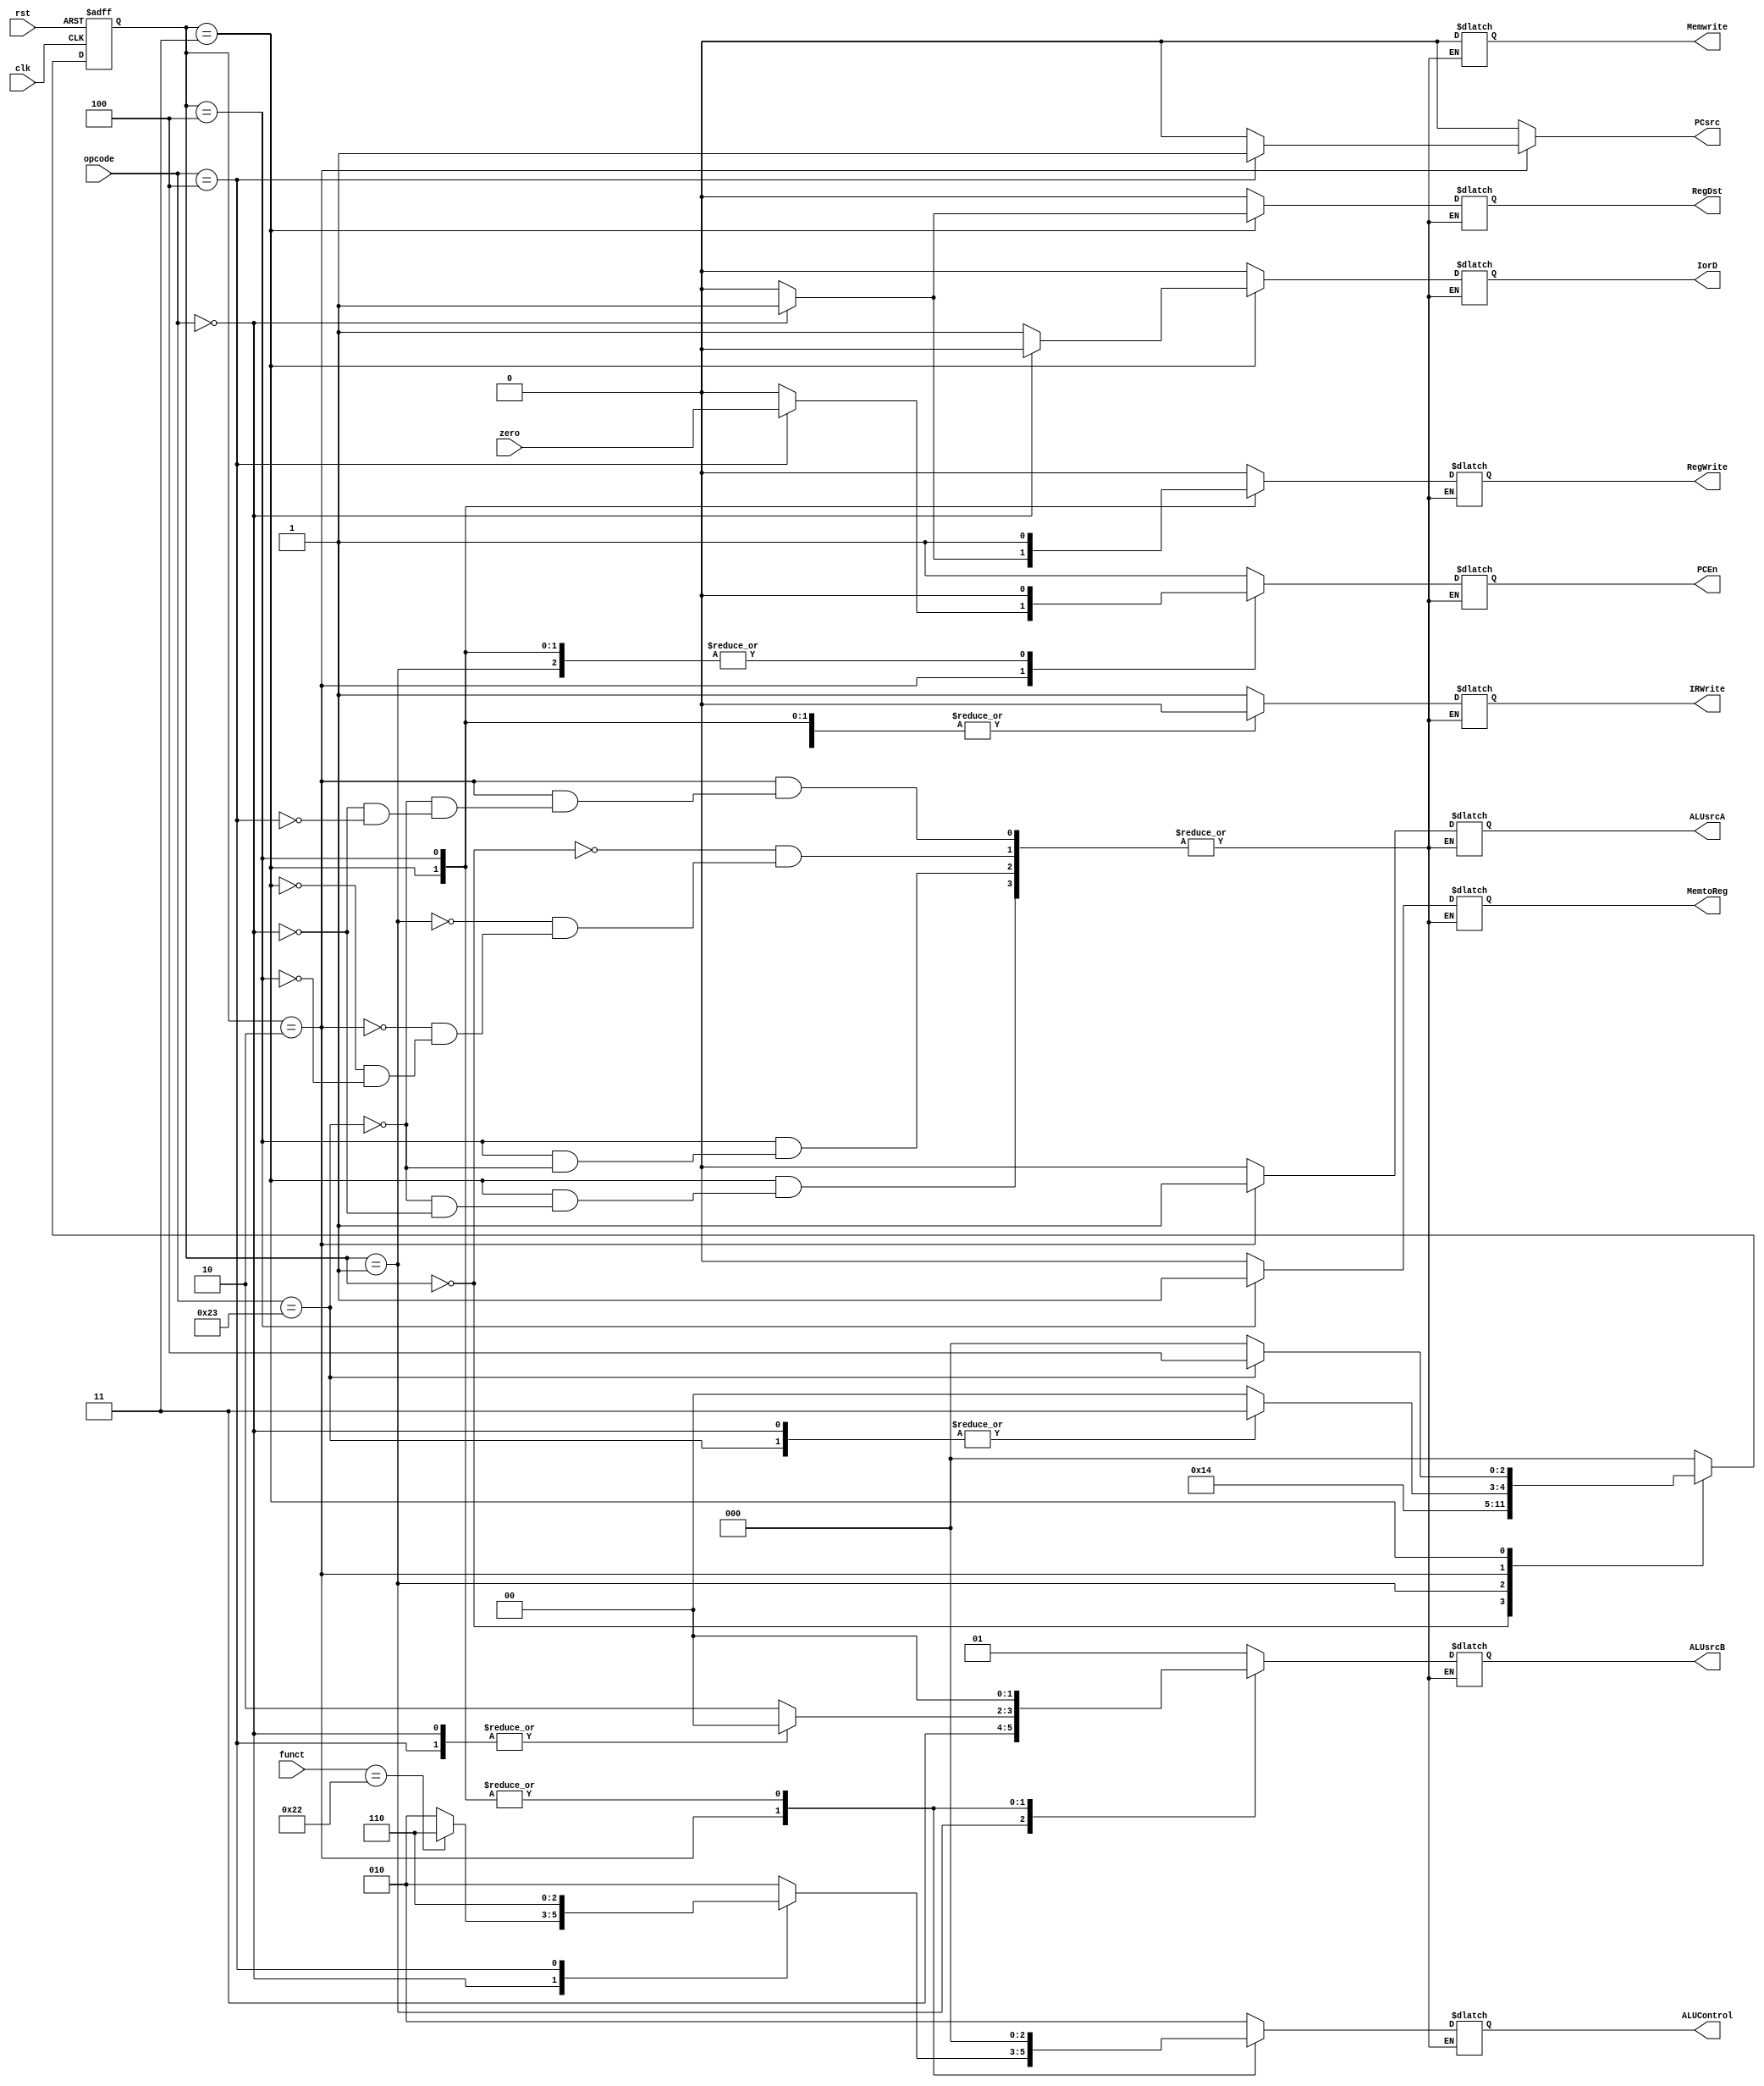
module controller (
    input [5 : 0] opcode, funct,
    input         rst, clk,
    input         zero,
    // controls from l to r
    output reg    PCEn, IorD, Memwrite, IRWrite, 
                  RegDst, MemtoReg, RegWrite, ALUsrcA,
    output reg [1 : 0] ALUsrcB, 
    output reg [2 : 0] ALUControl,
    output reg PCsrc
);
    // opcodes
    localparam rType = 6'b000000,
               lw    = 6'b100011,
               sw    = 6'b101011,
               beq   = 6'b000100;

    // funct fields
    localparam add = 6'b100000,
               sub = 6'b100010;

    // states
    localparam fetch     = 0,
               decode    = 1,
               execute1  = 2,
               execute2  = 3,
               execute3  = 4, // at most 3 cycles
               writeBack = 5;
    

    reg [2 : 0] currState, nextState;
    always @(negedge clk, posedge rst)begin
        if(rst)currState <= 0;
        else currState <= nextState;
    end

    always @(*) begin
        // next state compute, edit for all instructions
        case (currState)
            fetch : nextState <= decode;
            decode : nextState <= execute1;
            execute1 :begin
                case (opcode)
                    lw:nextState <= execute2;
                    rType:nextState <= execute2;
                    beq: nextState <= fetch;
                    default: nextState <= fetch;
                endcase

            end
            execute2 : begin
                case (opcode)
                    lw : nextState <= execute3; 
                    rType : nextState <= fetch;
                    default: nextState <= fetch;
                endcase
            end 
            execute3:nextState <= fetch;
            default: nextState <= fetch;
        endcase

        // output compute
        casez (currState)
            fetch : begin
                // writes
                Memwrite  = 0;
                RegWrite  = 0;
                IRWrite   = 1;
                PCEn      = 1;
                // muxes
                IorD      = 0;
                RegDst    = 0;
                MemtoReg  = 0;
                ALUsrcA   = 0;
                ALUsrcB   = 1;
                ALUControl= 2;
                PCsrc     = 0;
            end 

            decode : begin
                // writes
                Memwrite  = 0;
                RegWrite  = 0;
                IRWrite   = 0;
                PCEn      = 0;
                // muxes
                IorD      = 0;
                RegDst    = 0;
                MemtoReg  = 0;
                ALUsrcA   = 0;
                ALUsrcB   = 3;
                ALUControl= 2;
                PCsrc     = 0;            
            end

            execute1: begin
                case (opcode)
                    lw : begin
                        // writes
                        Memwrite  = 0;
                        RegWrite  = 0;
                        IRWrite   = 0;
                        PCEn      = 0;
                        // muxes
                        IorD      = 0;
                        RegDst    = 0;
                        MemtoReg  = 0;
                        ALUsrcA   = 1;
                        ALUsrcB   = 2;
                        ALUControl= 2;
                        PCsrc     = 0;
                    end 
                    rType: begin
                        // writes
                        Memwrite  = 0;
                        RegWrite  = 0;
                        IRWrite   = 0;
                        PCEn      = 0;
                        // muxes
                        IorD      = 0;
                        RegDst    = 0;
                        MemtoReg  = 0;
                        ALUsrcA   = 1;
                        ALUsrcB   = 0;
                        PCsrc     = 0;
                        case (funct)
                            add : ALUControl = 2;
                            sub : ALUControl = 6;
                            default: ALUControl = 2;
                        endcase
                    end
                    beq :begin
                        // writes
                        Memwrite  = 0;
                        RegWrite  = 0;
                        IRWrite   = 0;
                        PCEn      = zero;
                        // muxes
                        IorD      = 0;
                        RegDst    = 0;
                        MemtoReg  = 0;
                        ALUsrcA   = 1;
                        ALUsrcB   = 0;
                        ALUControl= 6;
                        PCsrc     = 1;
                    end
                    default: PCsrc = 0; // invalid instruction
                endcase
            end

            execute2: begin
                case (opcode)
                        lw: begin
                            // writes
                            Memwrite  = 0;
                            RegWrite  = 0;
                            IRWrite   = 0;
                            PCEn      = 0;
                            // muxes
                            IorD      = 1;
                            RegDst    = 0;
                            MemtoReg  = 0;
                            ALUsrcA   = 0;
                            ALUsrcB   = 0;
                            ALUControl= 0;
                            PCsrc     = 0;
                        end
                        rType: begin
                            // writes
                            Memwrite  = 0;
                            RegWrite  = 1;
                            IRWrite   = 0;
                            PCEn      = 0;
                            // muxes
                            IorD      = 0;
                            RegDst    = 1;
                            MemtoReg  = 0;
                            ALUsrcA   = 0;
                            ALUsrcB   = 0;
                            ALUControl= 0;
                            PCsrc     = 0;
                        end
                    default: PCsrc = 0;
                endcase
            end

            execute3: begin
                case (opcode)
                    lw:begin
                        // writes
                        Memwrite  = 0;
                        RegWrite  = 1;
                        IRWrite   = 0;
                        PCEn      = 0;
                        // muxes
                        IorD      = 0;
                        RegDst    = 0;
                        MemtoReg  = 1;
                        ALUsrcA   = 0;
                        ALUsrcB   = 0;
                        ALUControl= 0;
                        PCsrc     = 0;
                    end
                    default: PCsrc = 0;
                endcase
            end            
            default: PCsrc = 0;
        endcase        
    end

endmodule


// TODO insert the don't cares instead of the dumb shit you did.

/*
    // writes
    Memwrite  = 0;
    RegWrite  = 0;
    IRWrite   = 1;
    PCEn      = 1;
    // muxes
    IorD      = 0;
    RegDst    = 0;
    MemtoReg  = 0;
    ALUsrcA   = 0;
    ALUsrcB   = 1;
    ALUControl= 2;
    PCsrc     = 0;
*/